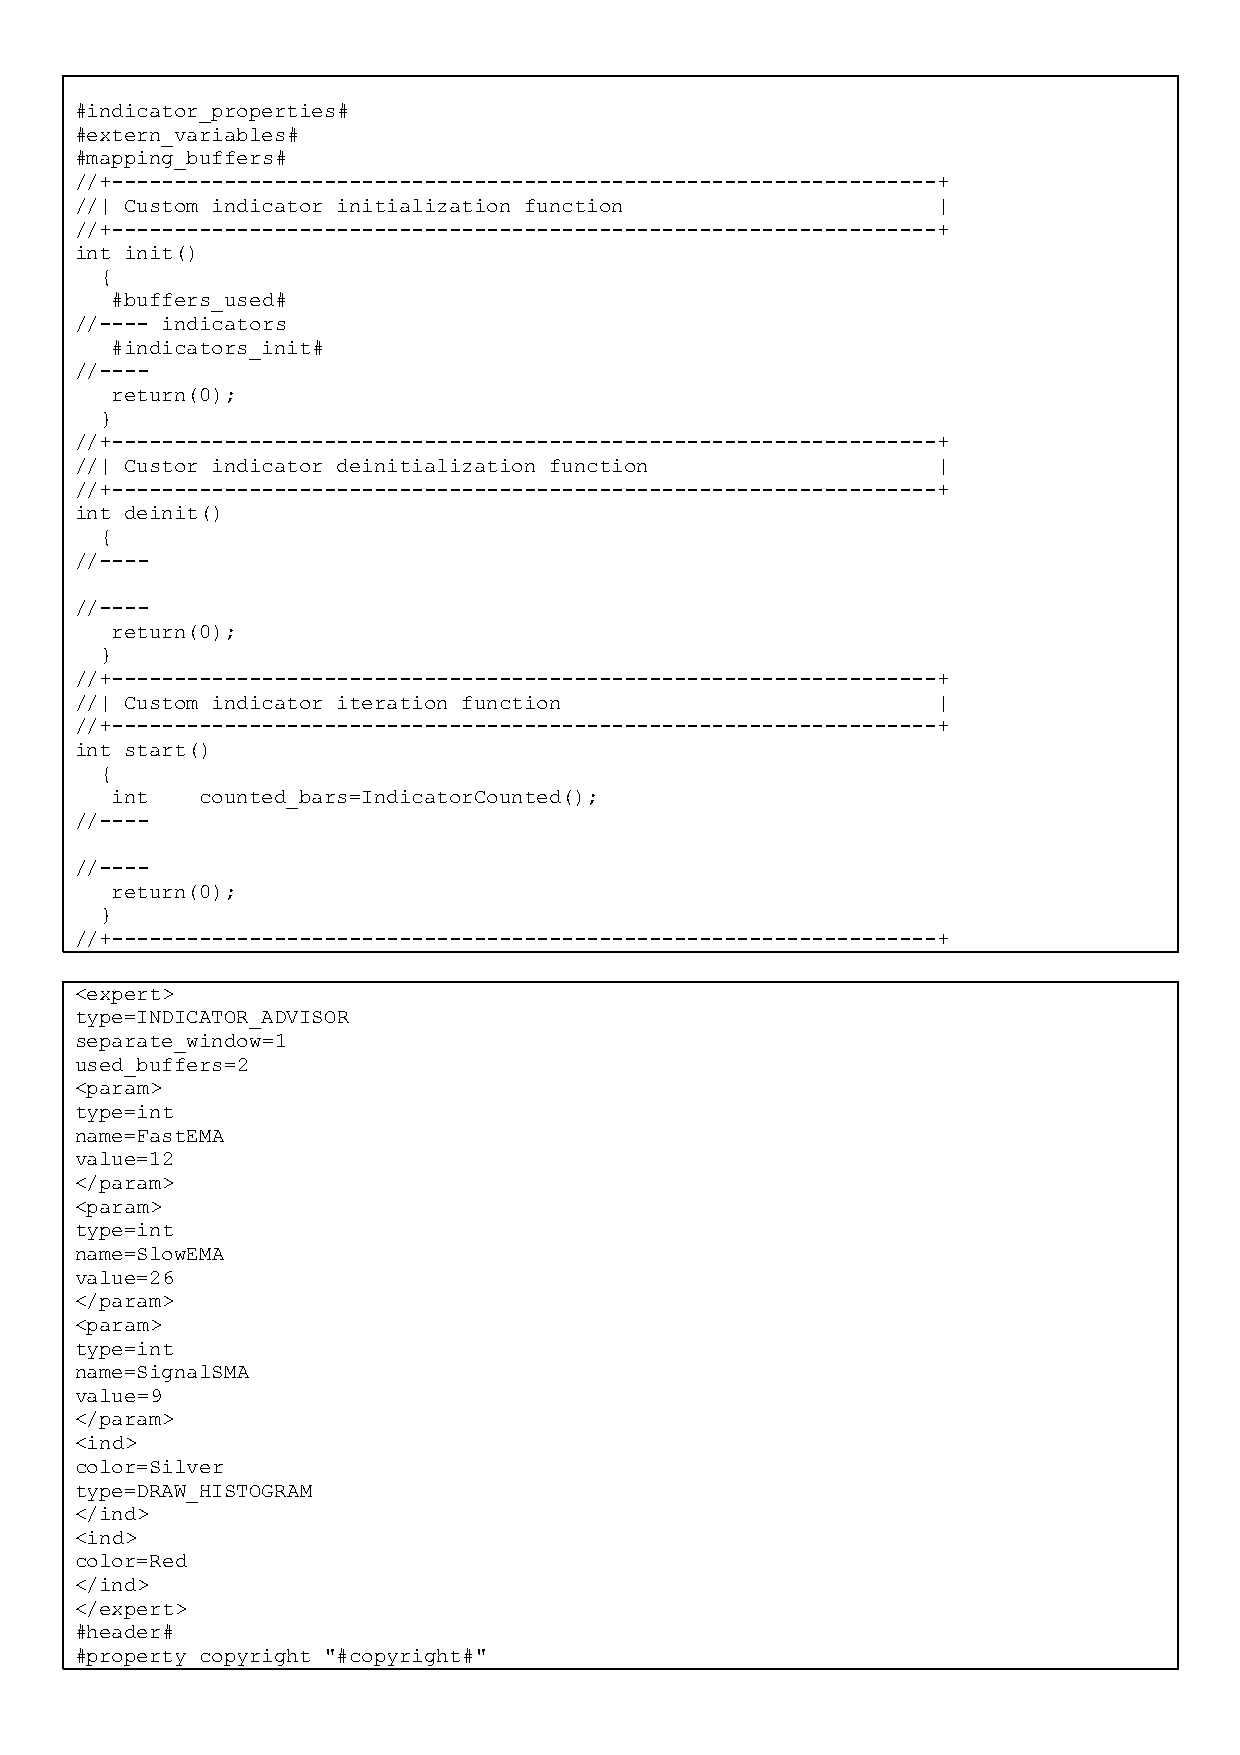
#indicator_properties#
 #extern_variables#
 #mapping_buffers#
 //+------------------------------------------------------------------+
 //| Custom indicator initialization function             |
 //+------------------------------------------------------------------+
 int init()
 {
 #buffers_used#
 //---- indicators
 #indicators_init#
 //----
 return(0);
 }
 //+------------------------------------------------------------------+
 //| Custor indicator deinitialization function           |
 //+------------------------------------------------------------------+
 int deinit()
 {
 //----
 //----
 return(0);
 }
 //+------------------------------------------------------------------+
 //| Custom indicator iteration function                  |
 //+------------------------------------------------------------------+
 int start()
 {
 int   counted_bars=IndicatorCounted();
 //----
 //----
 return(0);
 }
 //+------------------------------------------------------------------+
 <expert>
 type=INDICATOR_ADVISOR
 separate_window=1
 used_buffers=2
 <param>
 type=int
 name=FastEMA
 value=12
 </param>
 <param>
 type=int
 name=SlowEMA
 value=26
 </param>
 <param>
 type=int
 name=SignalSMA
 value=9
 </param>
 <ind>
 color=Silver
 type=DRAW_HISTOGRAM
 </ind>
 <ind>
 color=Red
 </ind>
 </expert>
 #header#
 #property copyright "#copyright#"